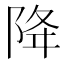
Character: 降